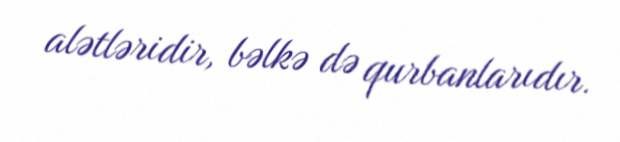
alətləridir, bəlkə də qurbanlarıdır.